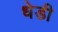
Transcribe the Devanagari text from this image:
धेडी